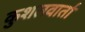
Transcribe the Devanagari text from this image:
कुशलवार्ता